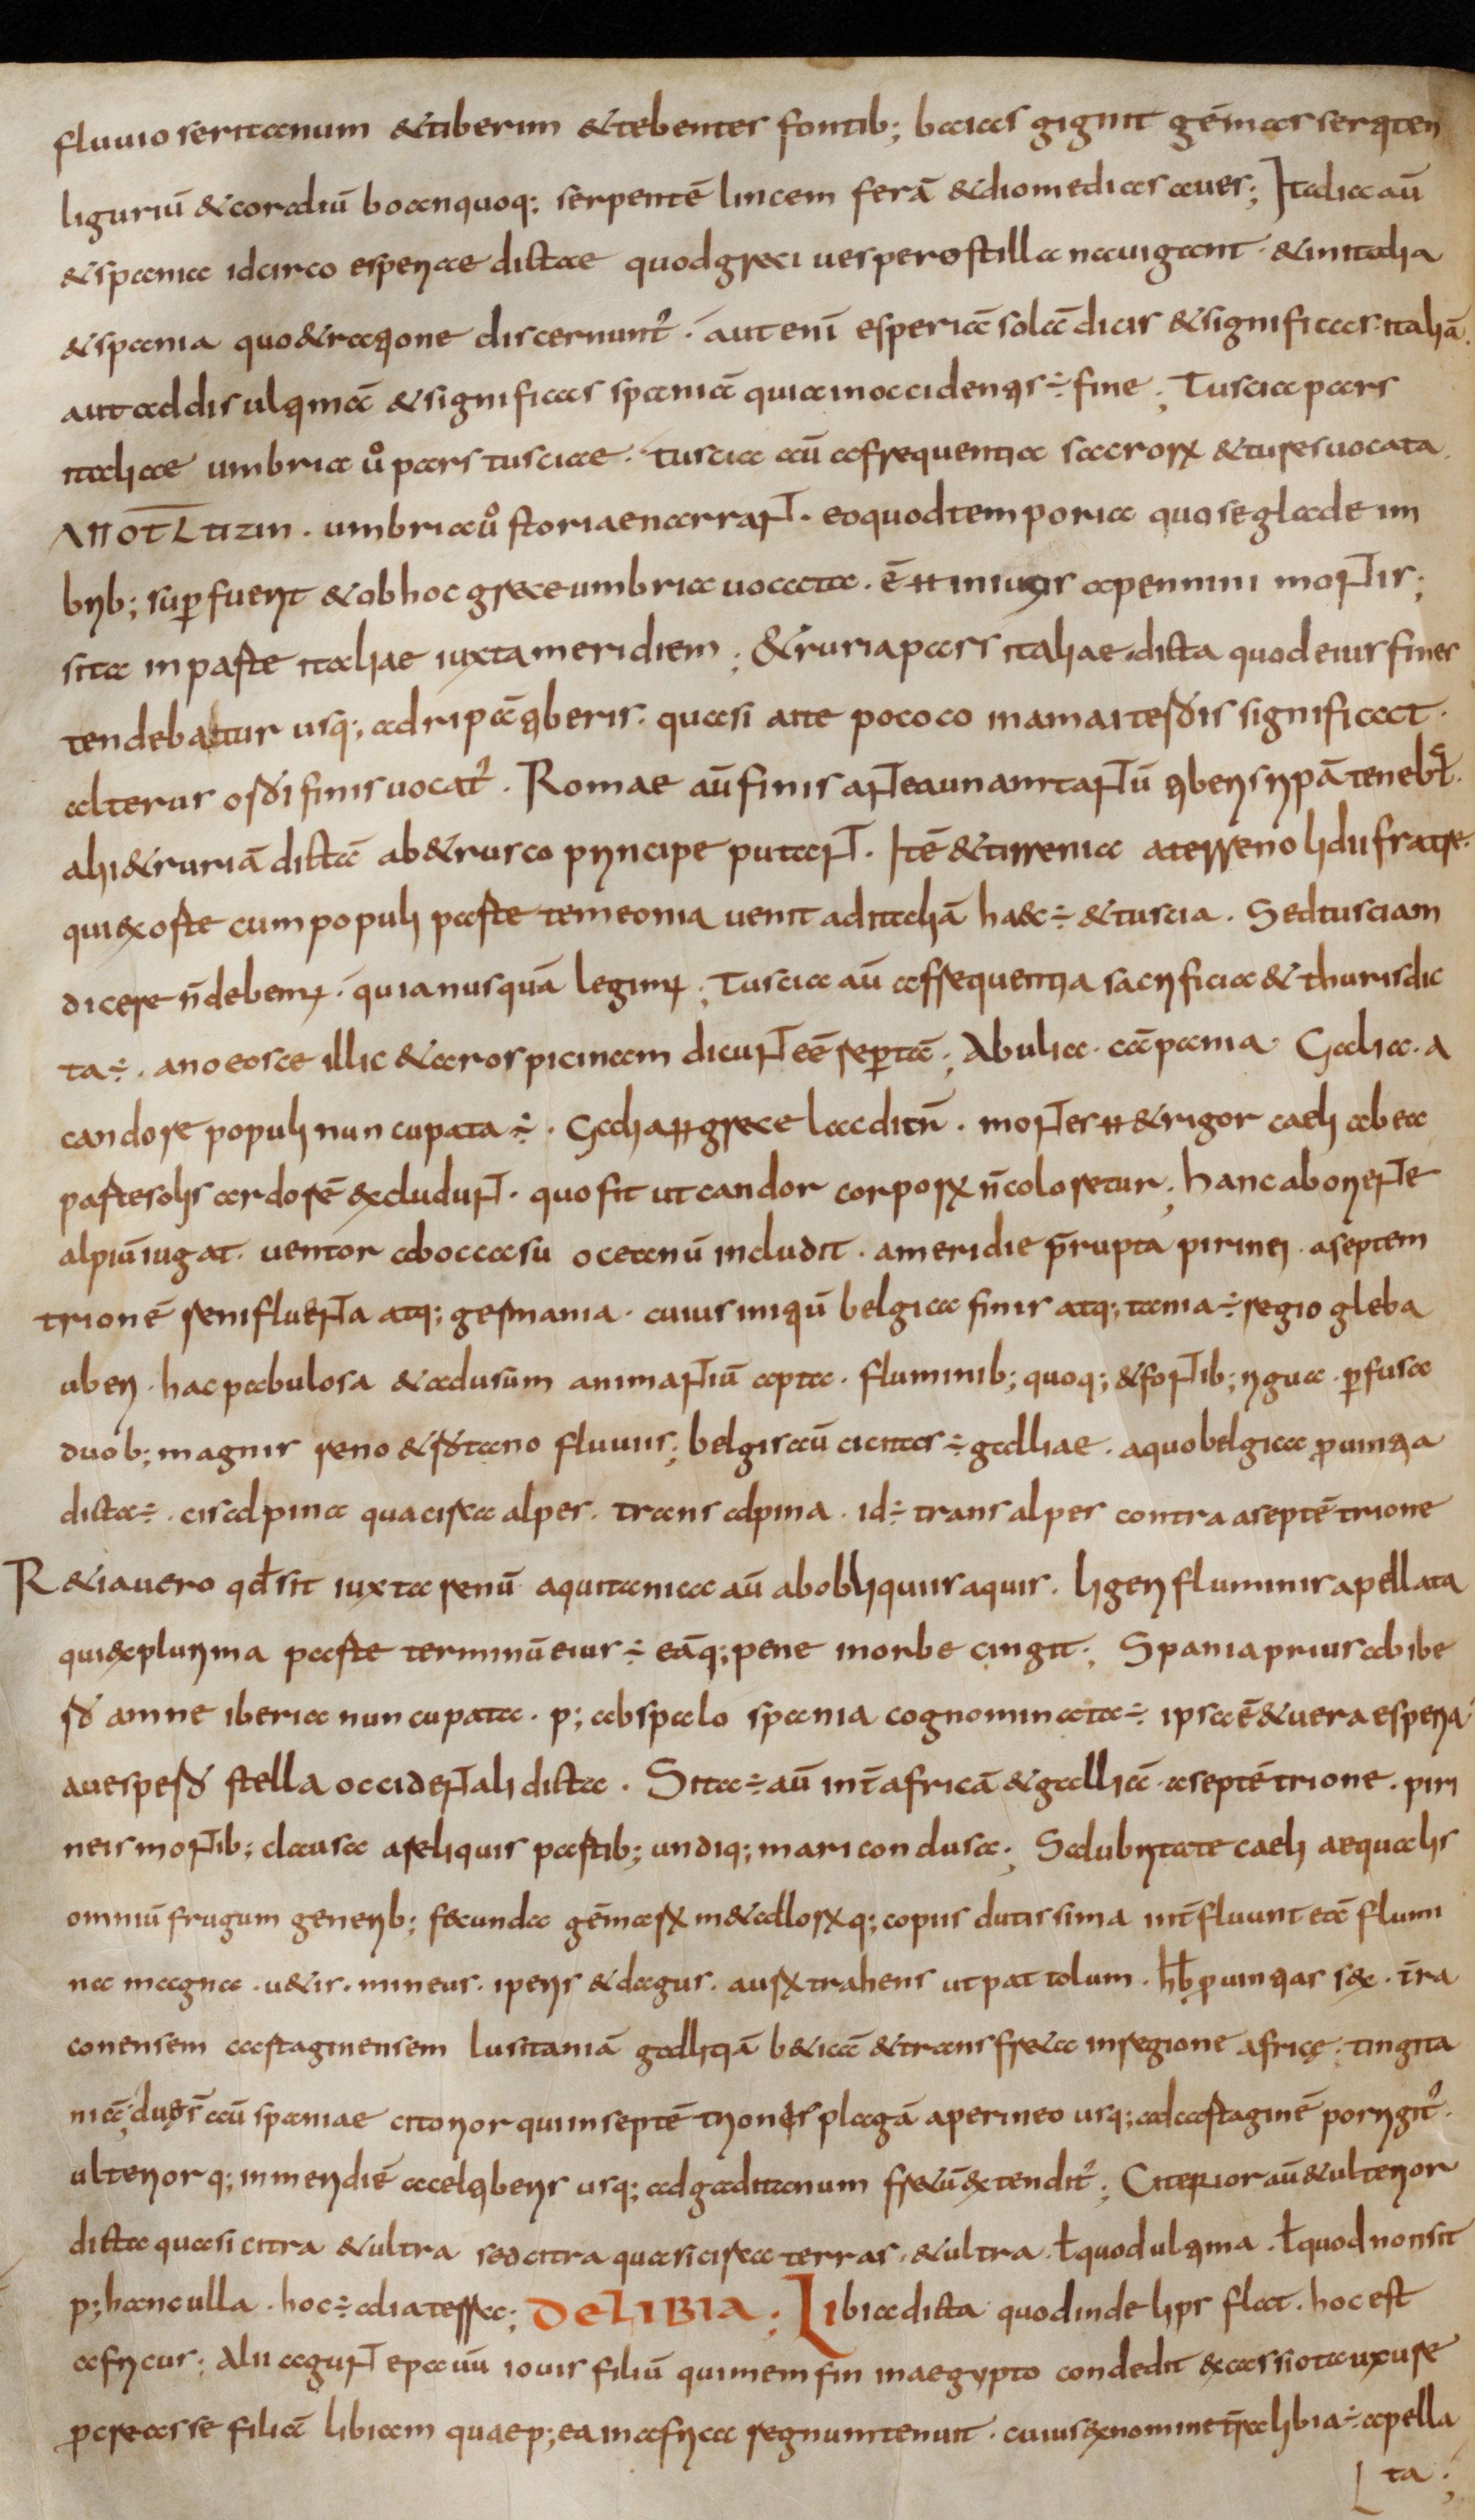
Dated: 800–824